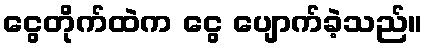
ငွေတိုက်ထဲက ငွေ ပျောက်ခဲ့သည်။